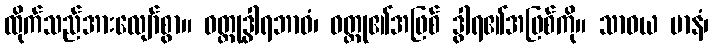
ထိုက်သည်အားလျော်စွာ။ ဝတ္ထုဒွါရဘာဝံ၊ ဝတ္ထု၏အဖြစ် ဒွါရ၏အဖြစ်ကို။ သာဓယ မာနံ၊